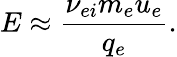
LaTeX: E\approx\frac{\nu_{ei}m_{e}u_{e}}{q_{e}}.